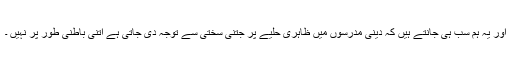
اور یہ ہم سب ہی جانتے ہیں کہ دینی مدرسوں میں ظاہری حلیے پر جتنی سختی سے توجہ دی جاتی ہے اتنی باطنی طور پر نہیں ۔